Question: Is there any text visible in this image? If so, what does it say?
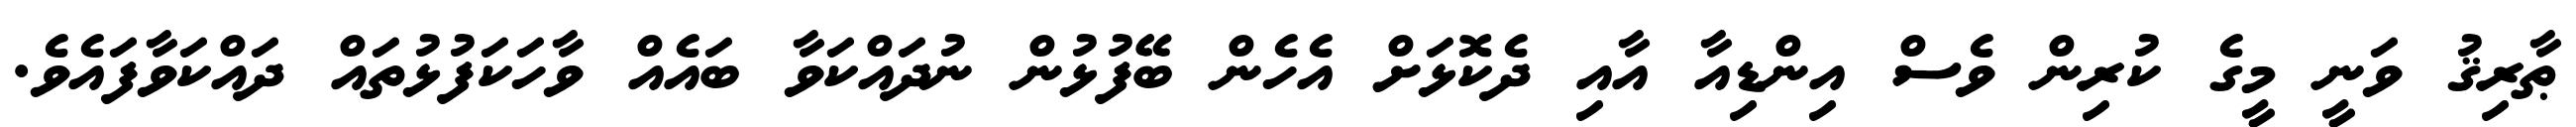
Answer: ޠާރިޤު ވަނީ މީގެ ކުރިން ވެސް އިންޑިއާ އާއި ދެކޮޅަށް އެހެން ބޭފުޅުން ނުދައްކަވާ ބައެއް ވާހަކަފުޅުތައް ދައްކަވާފައެވެ.